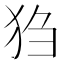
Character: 𪺸